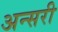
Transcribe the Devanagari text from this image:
अन्सरी